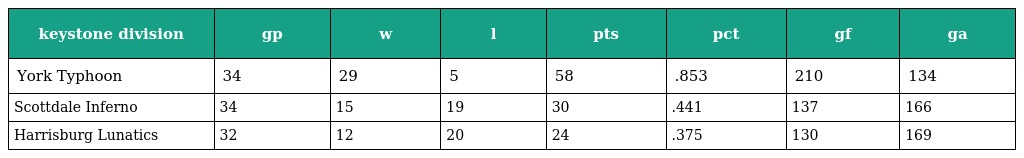
| keystone division | gp | w | l | pts | pct | gf | ga |
 | --- | --- | --- | --- | --- | --- | --- | --- |
 | York Typhoon | 34 | 29 | 5 | 58 | .853 | 210 | 134 |
 | Scottdale Inferno | 34 | 15 | 19 | 30 | .441 | 137 | 166 |
 | Harrisburg Lunatics | 32 | 12 | 20 | 24 | .375 | 130 | 169 |